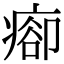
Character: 𤷽